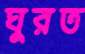
ঘুরত